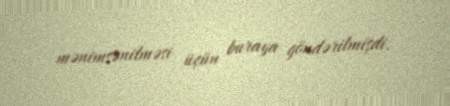
mənimsənilməsi üçün buraya göndərilmişdi.